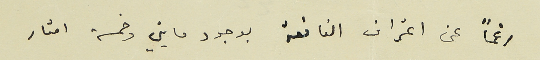
رغماً عن اعراف النافعة بوجود مايتي وخمسة امتار